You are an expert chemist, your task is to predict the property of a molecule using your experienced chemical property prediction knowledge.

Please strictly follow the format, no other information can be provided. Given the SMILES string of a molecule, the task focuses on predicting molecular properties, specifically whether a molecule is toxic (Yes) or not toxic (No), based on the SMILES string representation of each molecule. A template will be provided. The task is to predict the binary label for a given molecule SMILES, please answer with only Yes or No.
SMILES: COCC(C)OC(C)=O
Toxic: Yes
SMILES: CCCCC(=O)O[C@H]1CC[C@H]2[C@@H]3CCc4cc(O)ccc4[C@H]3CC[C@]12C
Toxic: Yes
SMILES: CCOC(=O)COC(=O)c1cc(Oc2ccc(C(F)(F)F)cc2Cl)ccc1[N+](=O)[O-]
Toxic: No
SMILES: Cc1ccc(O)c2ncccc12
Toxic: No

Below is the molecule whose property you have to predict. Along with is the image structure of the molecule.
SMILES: CCCCOC(=O)c1ccccc1C(=O)OCC(CC)CCCC
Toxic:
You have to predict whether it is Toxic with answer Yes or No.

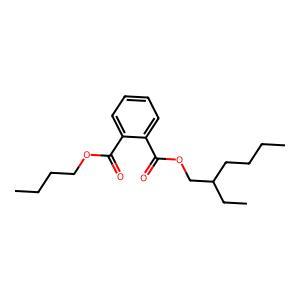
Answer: No